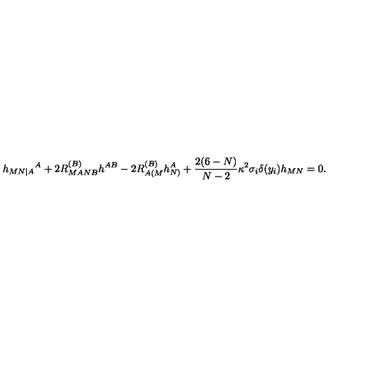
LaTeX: h _ { M N | A } { } ^ { A } + 2 R _ { M A N B } ^ { ( B ) } h ^ { A B } - 2 R _ { A ( M } ^ { ( B ) } h _ { N ) } ^ { A } + { \frac { 2 ( 6 - N ) } { N - 2 } } \kappa ^ { 2 } \sigma _ { i } \delta ( y _ { i } ) h _ { M N } = 0 .